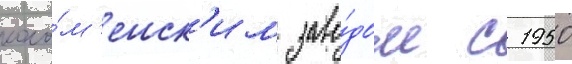
коло́м'енск'им заво́дом с 1950